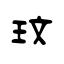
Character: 玟